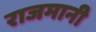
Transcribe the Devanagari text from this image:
राजमानी